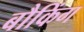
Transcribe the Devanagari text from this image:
बौकिंग